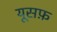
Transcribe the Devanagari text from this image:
यूसफ़